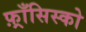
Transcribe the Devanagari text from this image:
फ़्राँसिस्को